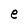
Character: e